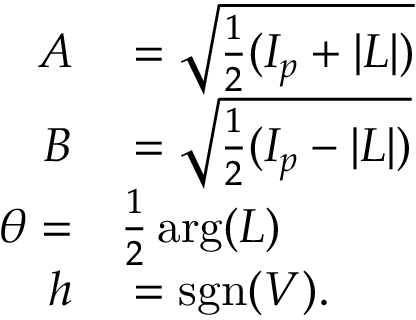
\begin{array} { r l } { A } & { { } = { \sqrt { { \frac { 1 } { 2 } } ( I _ { p } + | L | ) } } } \\ { B } & { { } = { \sqrt { { \frac { 1 } { 2 } } ( I _ { p } - | L | ) } } } \\ { \theta = } & { { } { \frac { 1 } { 2 } } \arg ( L ) } \\ { h } & { { } = \operatorname { s g n } ( V ) . } \end{array}